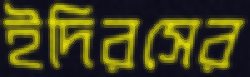
ইদিরসের